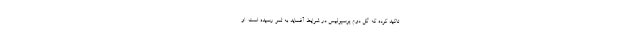
تاکید کرده که گل دوم پرسپولیس در شرایط آفساید به ثمر رسیده است. او